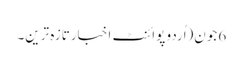
6 جون(اُردو پوائنٹ اخبارتازہ ترین۔